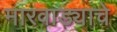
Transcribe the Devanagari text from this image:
मारवाड्याचे